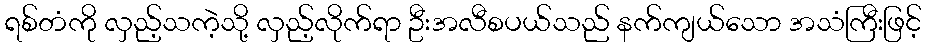
ရစ်တံကို လှည့်သကဲ့သို့ လှည့်လိုက်ရာ ဦးအလီစပယ်သည် နက်ကျယ်သော အသံကြီးဖြင့်